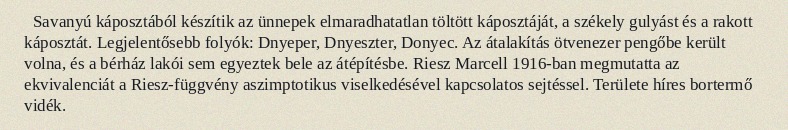
Savanyú káposztából készítik az ünnepek elmaradhatatlan töltött káposztáját, a székely gulyást és a rakott káposztát. Legjelentősebb folyók: Dnyeper, Dnyeszter, Donyec. Az átalakítás ötvenezer pengőbe került volna, és a bérház lakói sem egyeztek bele az átépítésbe. Riesz Marcell 1916-ban megmutatta az ekvivalenciát a Riesz-függvény aszimptotikus viselkedésével kapcsolatos sejtéssel. Területe híres bortermő vidék.